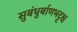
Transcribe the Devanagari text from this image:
सुबंधुर्बाणभट्टश्च